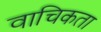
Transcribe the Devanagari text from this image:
वाचिकता